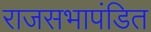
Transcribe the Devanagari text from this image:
राजसभापंडित